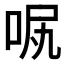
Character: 𠲙